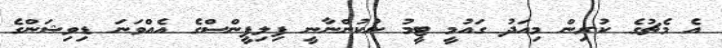
އެ މެޗުގެ ކުރިން މިއަދު ގައުމީ ޓީމު ނުކުންނާނީ ފިލިޕީންސްގެ އެއްވަނަ ޑިވިޝަންގެ